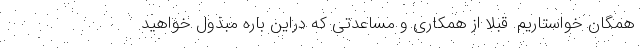
همگان خواستاریم. قبلا از همکاری و مساعدتی که دراین باره مبذول خواهید